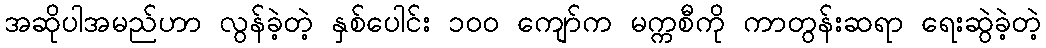
အဆိုပါအမည်ဟာ လွန်ခဲ့တဲ့ နှစ်ပေါင်း ၁၀၀ ကျော်က မက္ကစီကို ကာတွန်းဆရာ ရေးဆွဲခဲ့တဲ့